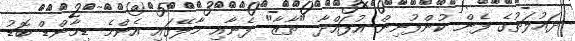
ދައުލަތުގެ ފެން ކުންފުނިން އުފައްދާ "ތާޒާ" ފެނާއި މާލޭގައި އެންމެ ޑިމާންޑް ބޮޑު